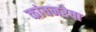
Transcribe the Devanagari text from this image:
कांचनरेषा